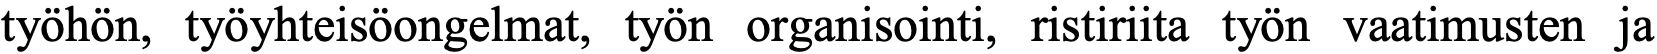
työhön, työyhteisöongelmat, työn organisointi, ristiriita työn vaatimusten ja